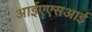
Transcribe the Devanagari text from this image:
आईएएसआई